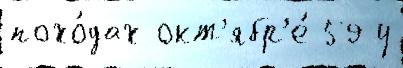
похо́дах окт'ябр'е́ 59 у